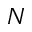
N